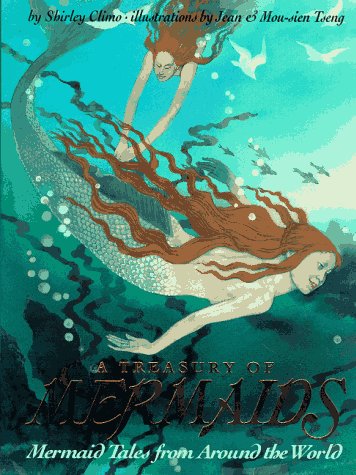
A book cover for A Treasury of Mermaids: Mermaid Tales from Around the World; Shirley Climo; Children's Books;